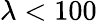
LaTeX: \lambda<100